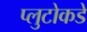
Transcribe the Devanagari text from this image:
प्लुटोकडे